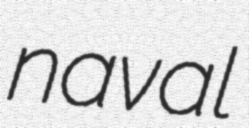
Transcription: naval